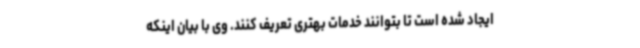
ایجاد شده است تا بتوانند خدمات بهتری تعریف کنند. وی با بیان اینکه